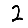
Digit: 2